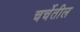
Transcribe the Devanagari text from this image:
चर्चेतील